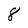
Character: 8